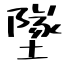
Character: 墜